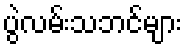
ပွဲလမ်းသဘင်များ